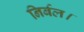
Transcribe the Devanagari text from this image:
निर्बल।